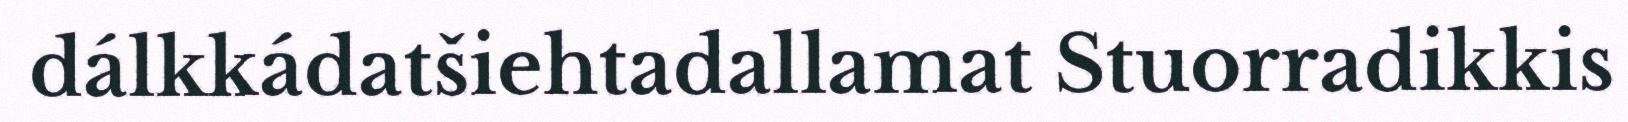
dálkkádatšiehtadallamat Stuorradikkis